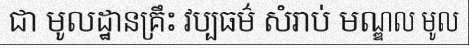
ជា មូលដ្ឋានគ្រឹះ វប្បធម៌ សំរាប់ មណ្ឌល មូល